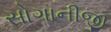
સોગાનીજી